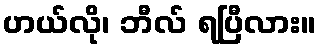
ဟယ်လို၊ ဘီလ် ရပြီလား။